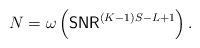
LaTeX: \begin{align*}N = \omega\left( \mathsf{SNR}^{(K-1)S-L+1} \right).\end{align*}